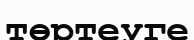
төртеуге